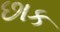
છાક